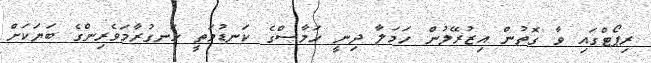
ރިޕޯޓްގައި ވާ ގޮތުން އިޒުރޭލުން ހަމަލާ ދިނީ ހަމާސްގެ ކަނޑުމަތީ ހަނގުރާމަވެރިންގެ ބަޔަކަށް